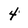
Character: 4